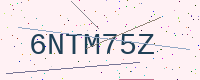
Text: 6NTM75Z